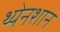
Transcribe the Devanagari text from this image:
थ्येनशान